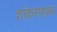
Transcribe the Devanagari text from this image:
शांकरभाश्य